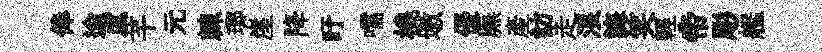
俸逾虞芊元棘瑯崖降盱嚅橈墩優廡產訪走浪誨笑輕帝彫艦